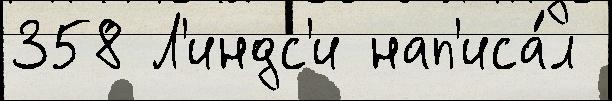
358 Л'индс'и нап'иса́л